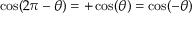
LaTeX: \cos ( 2 \pi - \theta ) = + \cos ( \theta ) = \cos ( - \theta )